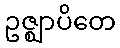
ဥဇ္ဈာပိတေ